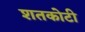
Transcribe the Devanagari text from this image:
शतकोटी